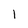
Character: 1